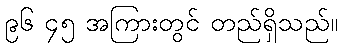
၉၆ ၄၅ အကြားတွင် တည်ရှိသည်။